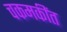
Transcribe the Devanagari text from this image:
चकमकींत